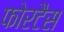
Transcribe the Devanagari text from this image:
फोरटैस